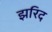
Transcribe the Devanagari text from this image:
झरिद